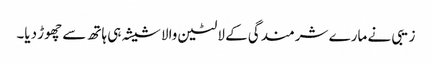
زیبی نے مارے شرمندگی کے لالٹین والا شیشہ ہی ہاتھ سے چھوڑ دیا۔